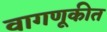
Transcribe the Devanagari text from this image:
वागणूकीत